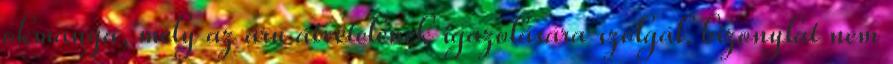
okmánya, mely az áru átvételének igazolására szolgál. bizonylat nem